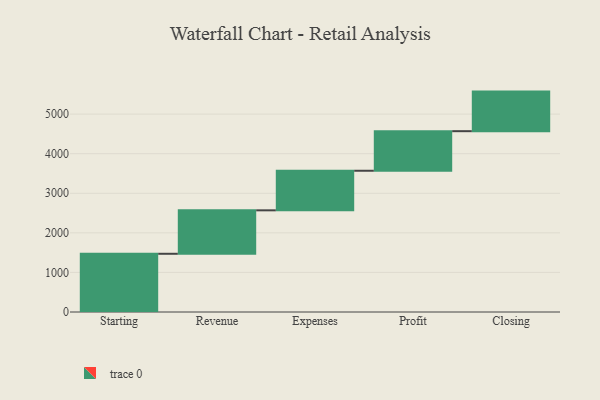
{"axis": {"x": "Step", "y": "Value"}, "legend": [""], "data": [{"x": "Starting", "y": 1471.0, "type": ""}, {"x": "Revenue", "y": 1098.0, "type": ""}, {"x": "Expenses", "y": 1000, "type": ""}, {"x": "Profit", "y": 1000, "type": ""}, {"x": "Closing", "y": 1000, "type": ""}]}